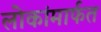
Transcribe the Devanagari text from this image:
लोकांमार्फत